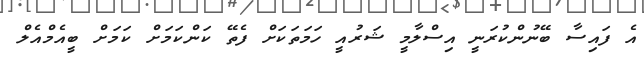
އެ ފައިސާ ބޭނުންކުރަނީ އިސްލާމީ ޝަރުއީ ހަމަތަކަށް ފެތޭ ކަންކަމަށް ކަމަށް ބީއެމްއެލް